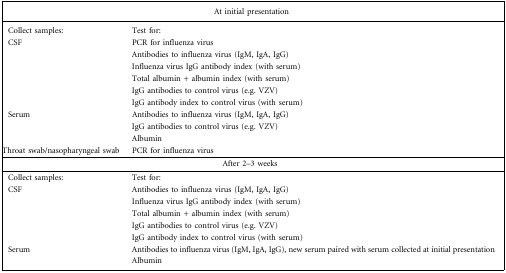
| <COLSPAN=2> At initial presentation |
 | --- | --- |
 | Collect samples: | Test for: |
 | CSF | PCR for influenza virus |
 |  | Antibodies to influenza virus (IgM, IgA, IgG) |
 |  | Influenza virus IgG antibody index (with serum) |
 |  | Total albumin + albumin index (with serum) |
 |  | IgG antibodies to control virus (e.g. VZV) |
 |  | IgG antibody index to control virus (with serum) |
 | Serum | Antibodies to influenza virus (IgM, IgA, IgG) |
 |  | IgG antibodies to control virus (e.g. VZV) |
 |  | Albumin |
 | Throat swab/nasopharyngeal swab | PCR for influenza virus |
 | <COLSPAN=2> After 2–3 weeks |
 | Collect samples: | Test for: |
 | CSF | Antibodies to influenza virus (IgM, IgA, IgG) |
 |  | Influenza virus IgG antibody index (with serum) |
 |  | Total albumin + albumin index (with serum) |
 |  | IgG antibodies to control virus (e.g. VZV) |
 |  | IgG antibody index to control virus (with serum) |
 | Serum | Antibodies to influenza virus (IgM, IgA, IgG), new serum paired with serum collected at initial presentation |
 |  | Albumin |